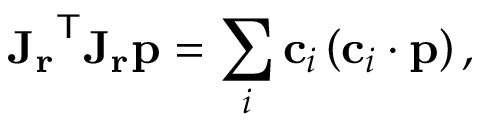
{ \mathbf { J } _ { \mathbf { r } } } ^ { \mathsf { T } } \mathbf { J _ { r } } \mathbf { p } = \sum _ { i } \mathbf { c } _ { i } \left( \mathbf { c } _ { i } \cdot \mathbf { p } \right) ,